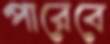
পারেবে